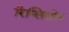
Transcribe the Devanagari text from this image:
रिप्लिसोम